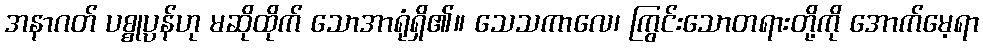
အနာဂတ် ပစ္စုပ္ပန်ဟု မဆိုထိုက် သောအာရုံရှိ၏။ သေသကာလေ၊ ကြွင်းသောတရားတို့ကို အောက်မေ့ရာ